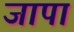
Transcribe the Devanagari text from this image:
जापा